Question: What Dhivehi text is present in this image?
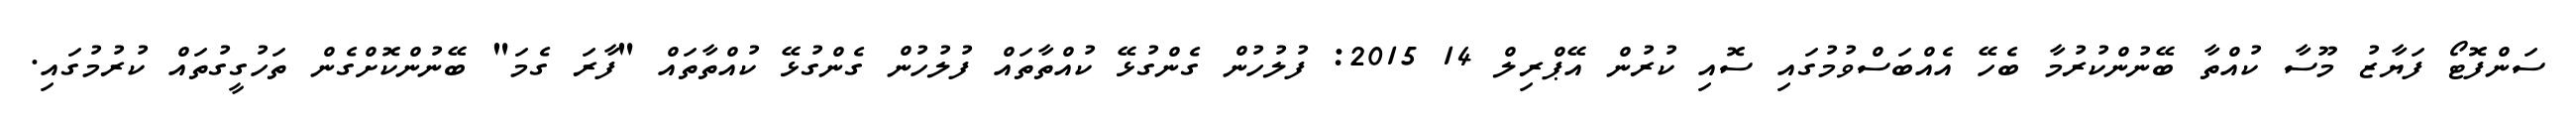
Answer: ސަންފޮޓޯ ފަޔާޒު މޫސާ ކުއްތާ ބޭނުންކުރުމާ ބެހޭ އެއްބަސްވުމުގައި ސޮއި ކުރުން އޭޕްރިލް 14 2015: ފުލުހުން ގެންގުޅޭ ކުއްތާތައް ފުލުހުން ގެންގުޅޭ ކުއްތާތައް "ފާރަ ގެމަ" ބޭނުންކޮށްގެން ތަހުގީގުތައް ކުރުމުގައި.